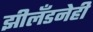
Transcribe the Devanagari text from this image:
झीलँडनेही